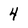
Character: 4